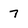
Character: 7